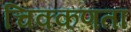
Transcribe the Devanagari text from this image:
चिक्कणता